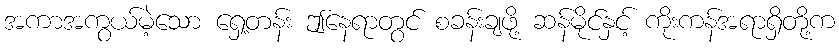
အကာအကွယ်မဲ့သော ရှေ့တန်း ဤနေရာတွင် စခန်းချဖို့ ဆန်မိုင်နှင့် ကိုးကန်အရာရှိတို့က